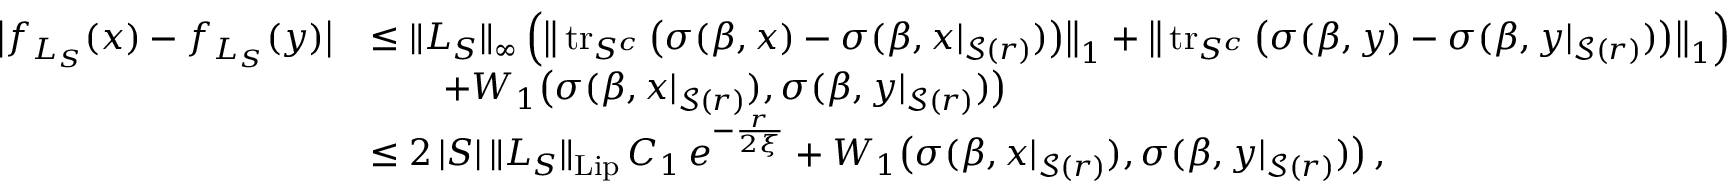
\begin{array} { r l } { \big | f _ { L _ { S } } ( x ) - f _ { L _ { S } } ( y ) \big | } & { \le \| L _ { S } \| _ { \infty } \, \Big ( \big \| \operatorname { t r } _ { S ^ { c } } \big ( \sigma ( \beta , x ) - \sigma ( \beta , x | _ { \mathcal { S } ( r ) } ) \big ) \big \| _ { 1 } + \big \| \operatorname { t r } _ { S ^ { c } } \big ( \sigma ( \beta , y ) - \sigma ( \beta , y | _ { \mathcal { S } ( r ) } ) \big ) \big \| _ { 1 } \Big ) } \\ & { \qquad + W _ { 1 } \big ( \sigma ( \beta , x | _ { \mathcal { S } ( r ) } ) , \sigma ( \beta , y | _ { \mathcal { S } ( r ) } ) \big ) } \\ & { \le 2 \, | S | \, \| L _ { S } \| _ { \operatorname { L i p } } \, C _ { 1 } \, e ^ { - \frac { r } { 2 \xi } } + W _ { 1 } \big ( \sigma ( \beta , x | _ { \mathcal { S } ( r ) } ) , \sigma ( \beta , y | _ { \mathcal { S } ( r ) } ) \big ) \, , } \end{array}